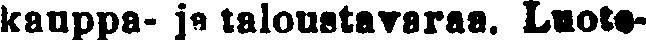
kauppa- ja taloustavaraa, Luote-